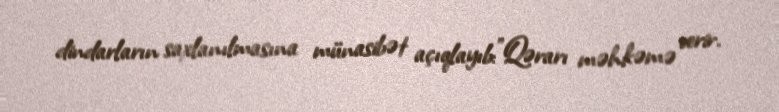
dindarların saxlanılmasına münasibət açıqlayıb:”Qərarı məhkəmə verir.